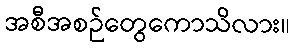
အစီအစဉ်တွေကောသိလား။